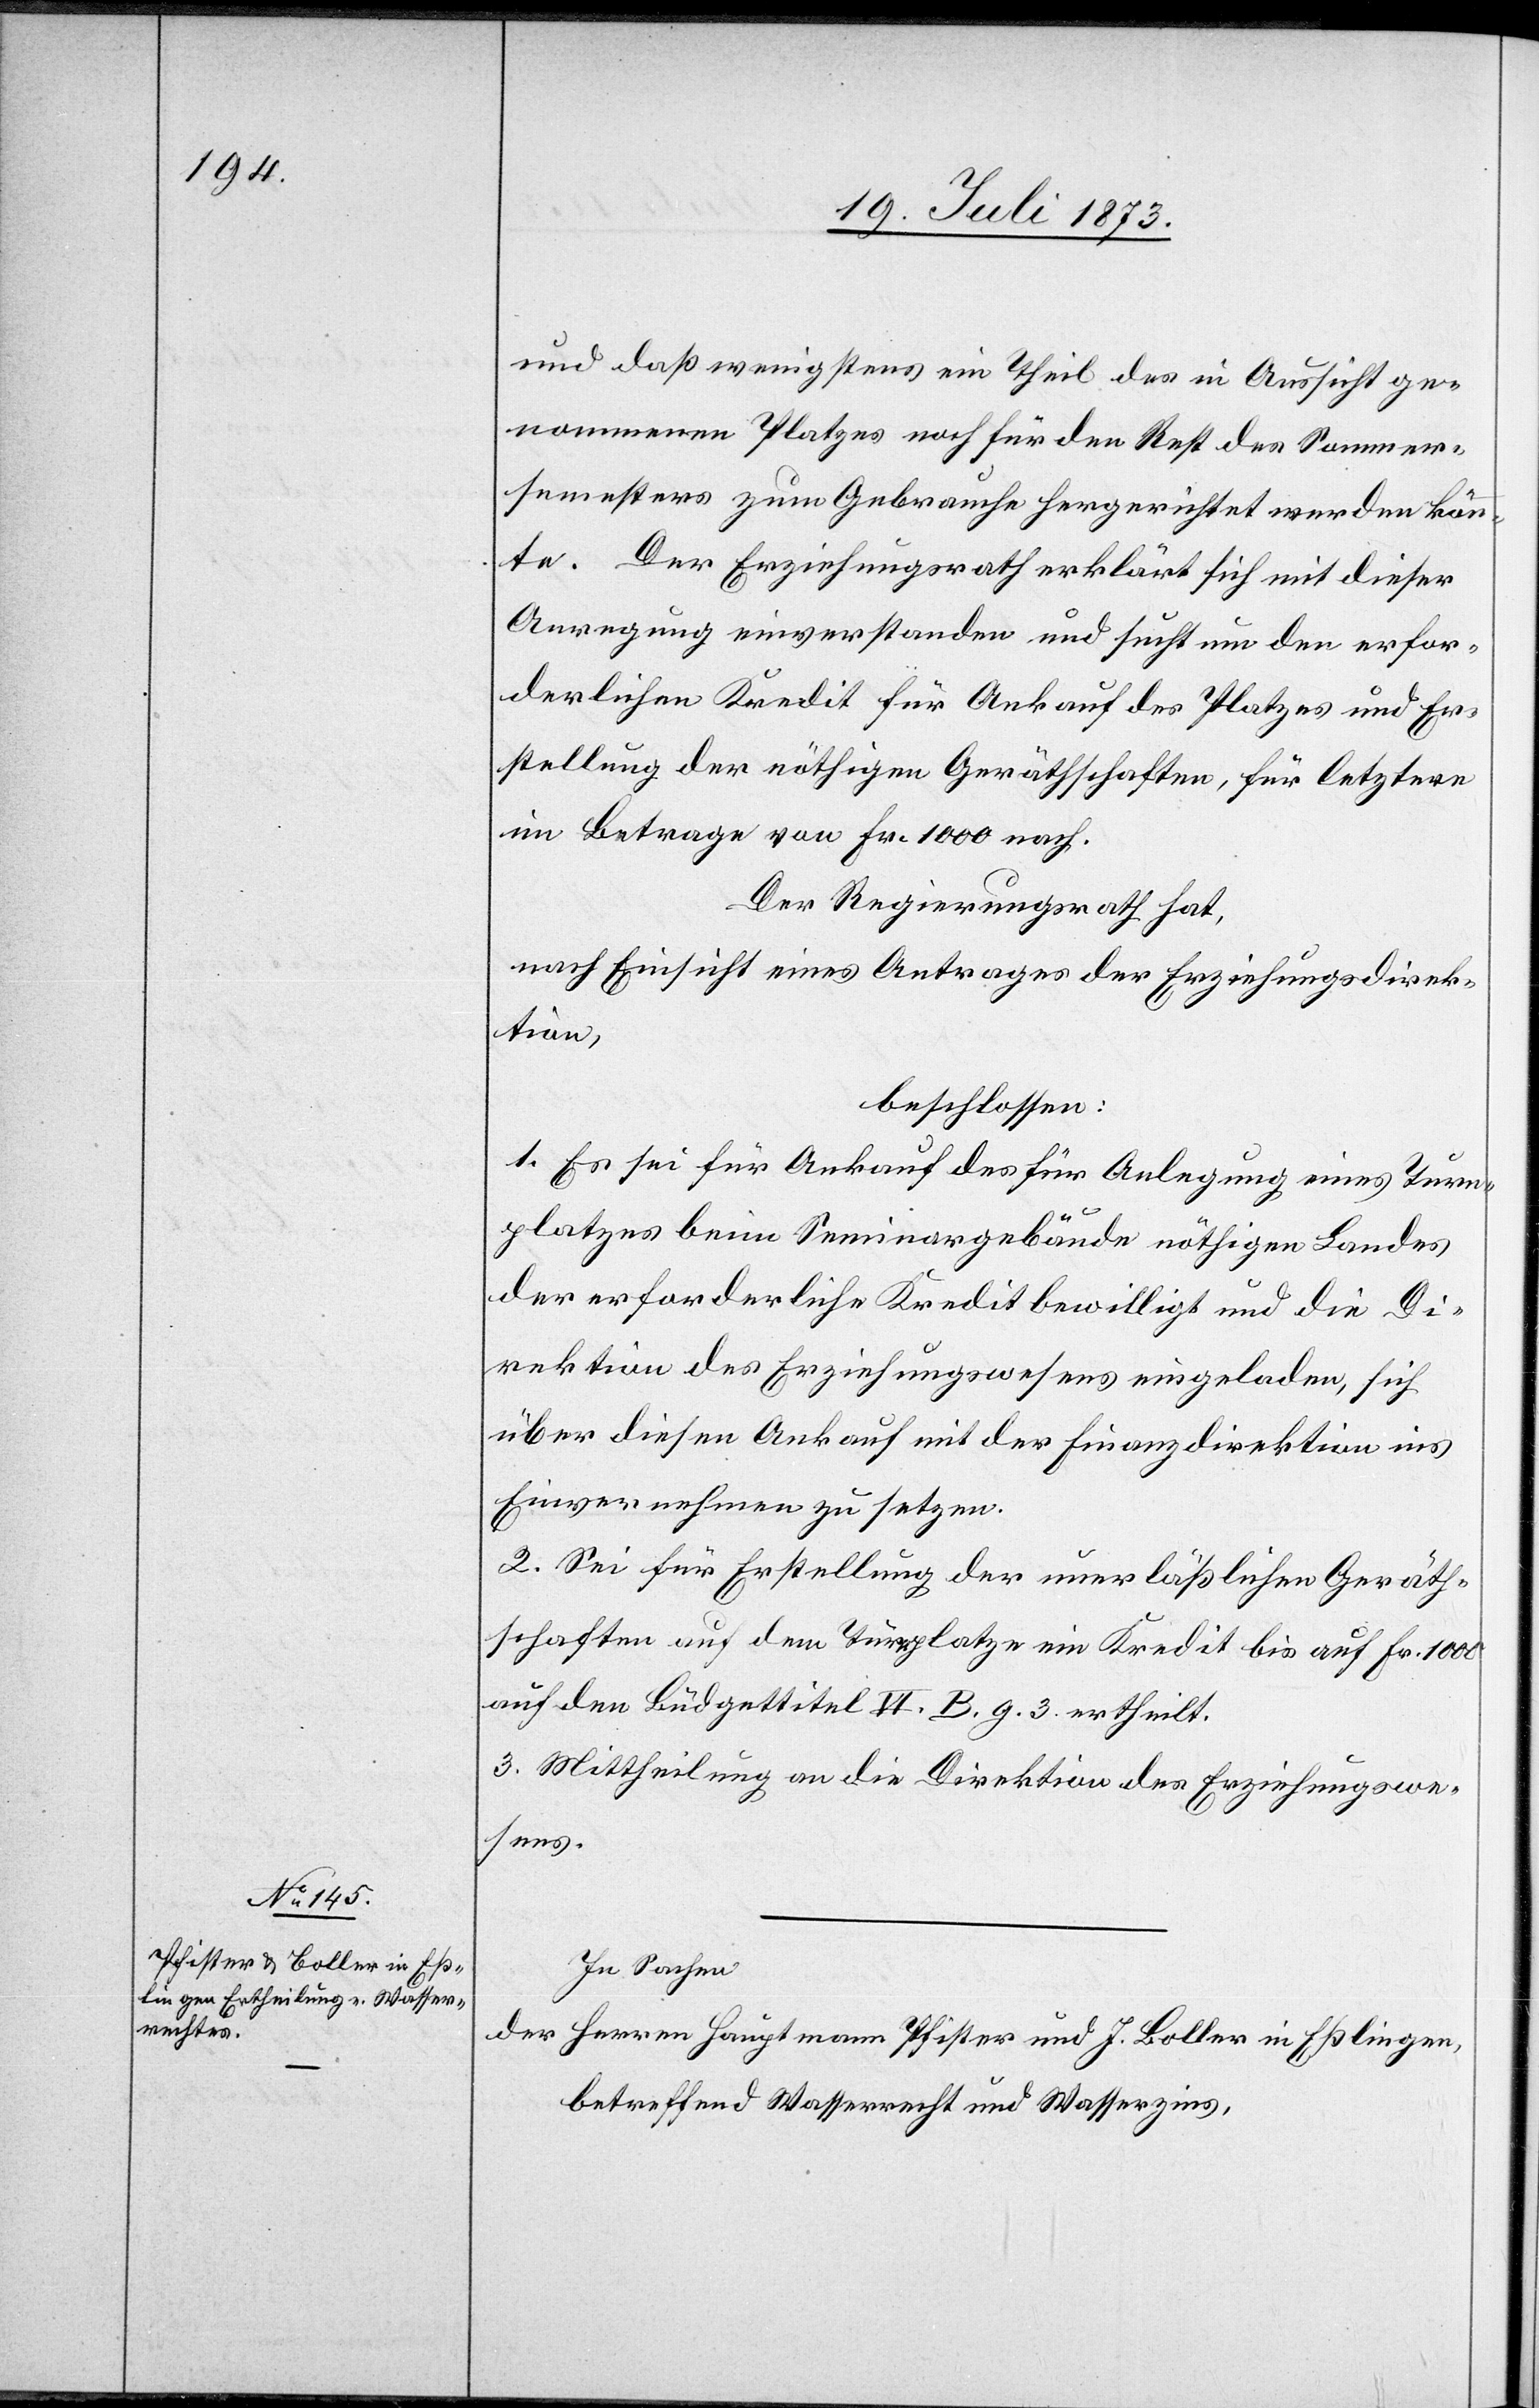
und daß wenigstens ein Theil des in Aussicht ge¬
nommenen Platzes noch für den Rest des Sommer¬
semesters zum Gebrauche hergerichtet werden könn¬
te. Der Erziehungsrath erklärt sich mit dieser
Anregung einverstanden und sucht um den erfor¬
derlichen Kredit für Ankauf des Platzes und Er¬
stellung der nöthigen Geräthschaften, für letztere
im Betrage von Fr. 1 000 nach.
Der Regierungsrath hat,
nach Einsicht eines Antrages der Erziehungsdirek¬
tion,
beschlossen:
1. Es sei für Ankauf des für Anlegung eines Turn¬
platzes beim Seminargebäude nöthigen Landes
der erforderliche Kredit bewilligt und die Di¬
rektion des Erziehungswesens eingeladen, sich
über diesen Ankauf mit der Finanzdirektion ins
Einvernehmen zu setzen.
2. Sei für Erstellung der unerläßlichen Geräth¬
schaften auf dem Turnplatze ein Kredit bis auf Fr. 1 000
auf den Büdgettitel VI. B. g. 3. ertheilt.
3. Mittheilung an die Direktion des Erziehungswe¬
sens.
In Sachen
der Herren Hauptmann Pfister und J. Boller in Eßlingen,
betreffend Wasserrecht und Wasserzins,